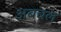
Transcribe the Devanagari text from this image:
अबचल